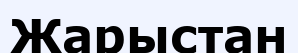
Жарыстан